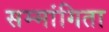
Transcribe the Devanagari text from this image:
सम्मांगिता